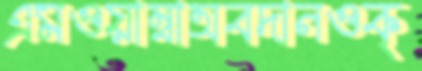
এমওয়াম্বাঅবদানওক্